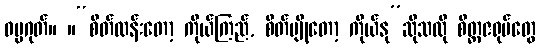
ဓမ္မဂုတ်။ ။“စိတ်လန်းတော့ ကိုယ်ကြည်, စိတ်ပျိုတော့ ကိုယ်နု”ဆိုသလို စိတ္တဇရုပ်တွေ